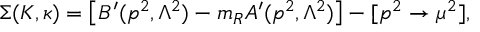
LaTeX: \Sigma ( K , \kappa ) = \left[ B ^ { \prime } ( p ^ { 2 } , \Lambda ^ { 2 } ) - m _ { R } A ^ { \prime } ( p ^ { 2 } , \Lambda ^ { 2 } ) \right] - [ p ^ { 2 } \rightarrow \mu ^ { 2 } ] ,